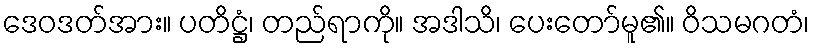
ဒေဝဒတ်အား။ ပတိဋ္ဌံ၊ တည်ရာကို။ အဒါသိ၊ ပေးတော်မူ၏။ ဝိသမဂတံ၊